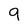
Character: 9